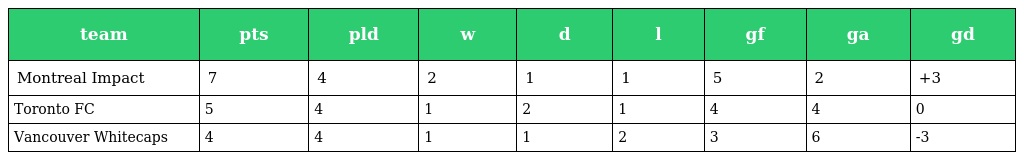
| team | pts | pld | w | d | l | gf | ga | gd |
 | --- | --- | --- | --- | --- | --- | --- | --- | --- |
 | Montreal Impact | 7 | 4 | 2 | 1 | 1 | 5 | 2 | +3 |
 | Toronto FC | 5 | 4 | 1 | 2 | 1 | 4 | 4 | 0 |
 | Vancouver Whitecaps | 4 | 4 | 1 | 1 | 2 | 3 | 6 | -3 |